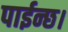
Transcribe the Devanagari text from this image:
पाईन्छ।